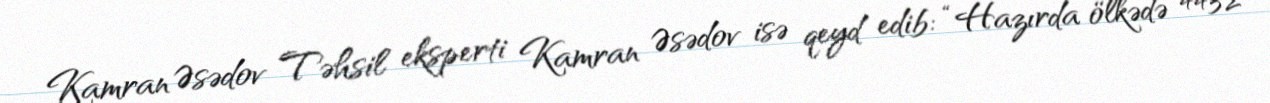
Kamran Əsədov Təhsil eksperti Kamran Əsədov isə qeyd edib: “Hazırda ölkədə 4432